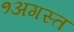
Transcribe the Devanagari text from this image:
१अगस्त